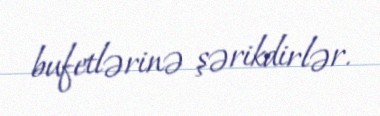
bufetlərinə şərikdirlər.